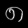
Digit: ၈